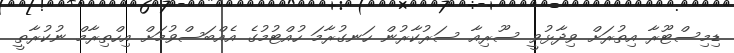
ޑިމިސްޓޫރާ އިތުރަށް ވިދާޅުވީ ސޫރިއާ ސަރުކާރުން ހަނގުރާމަ ހުއްޓުމުގެ އެއްބަސްވުމަށް އިހްތިރާމް ނުކުރާތީ